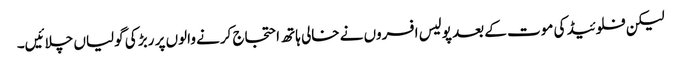
لیکن فلوئیڈ کی موت کے بعد پولیس افسروں نے خالی ہاتھ احتجاج کرنے والوں پر ربڑ کی گولیاں چلائیں۔